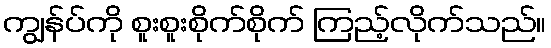
ကျွန်ပ်ကို စူးစူးစိုက်စိုက် ကြည့်လိုက်သည်။